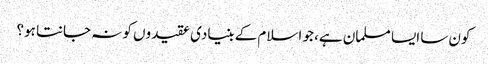
کون سا ایسا مسلمان ہے، جو اسلام کے بنیادی عقیدوں کو نہ جانتا ہو؟